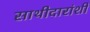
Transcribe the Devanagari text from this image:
साथीदारांशी